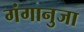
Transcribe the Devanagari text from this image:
गंगानुजा